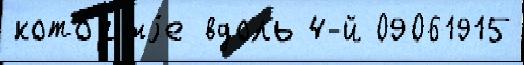
кото́рыjе вдоль 4-й 09061915